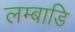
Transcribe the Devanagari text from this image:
लम्बाडि